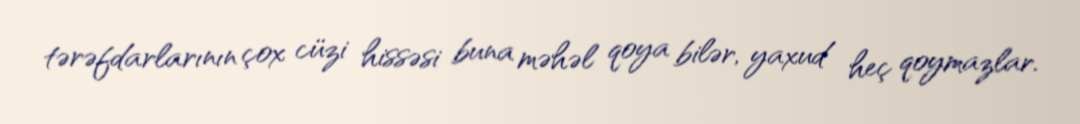
tərəfdarlarının çox cüzi hissəsi buna məhəl qoya bilər, yaxud heç qoymazlar.